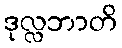
ဒုလ္လဘာတိ